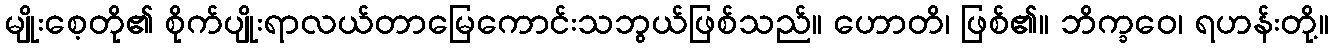
မျိုးစေ့တို၏ စိုက်ပျိုးရာလယ်တာမြေကောင်းသဘွယ်ဖြစ်သည်။ ဟောတိ၊ ဖြစ်၏။ ဘိက္ခဝေ၊ ရဟန်းတို့။